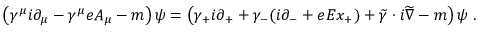
\left( \gamma ^ { \mu } i \partial _ { \mu } - \gamma ^ { \mu } e A _ { \mu } - m \right) \psi = \left( \gamma _ { + } i \partial _ { + } + \gamma _ { - } ( i \partial _ { - } + e E x _ { + } ) + \widetilde { \gamma } \cdot i \widetilde { \nabla } - m \right) \psi \; .